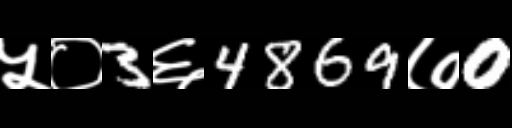
Text: ५०3६4869७0